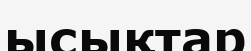
ысықтар